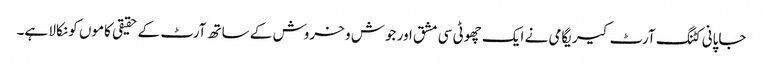
جاپانی کٹنگ آرٹ کیریگامی نے ایک چھوٹی سی مشق اور جوش و خروش کے ساتھ آرٹ کے حقیقی کاموں کو نکالا ہے۔